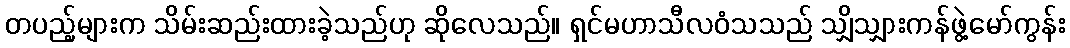
တပည့်များက သိမ်းဆည်းထားခဲ့သည်ဟု ဆိုလေသည်။ ရှင်မဟာသီလဝံသသည် သျှိသျှားကန်ဖွဲ့မော်ကွန်း